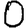
Digit: 0